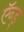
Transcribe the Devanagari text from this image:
ऍन्ड्